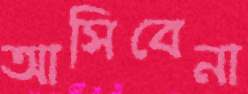
আসিবেনা